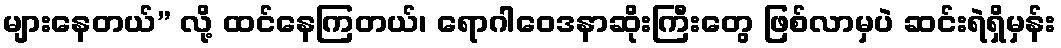
များနေတယ်” လို့ ထင်နေကြတယ်၊ ရောဂါဝေဒနာဆိုးကြီးတွေ ဖြစ်လာမှပဲ ဆင်းရဲရှိမှန်း